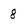
Character: 8